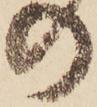
の